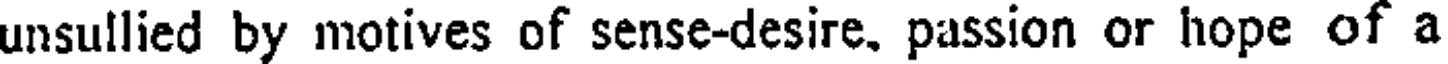
unsullied by motives of sense-desire. passion or hope of a